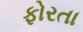
ફોરતા